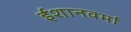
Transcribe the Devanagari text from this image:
ईशानवर्मा